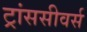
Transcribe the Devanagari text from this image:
ट्रांससीवर्स